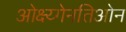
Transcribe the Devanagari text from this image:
ओक्ष्य्गेनतिओन